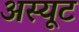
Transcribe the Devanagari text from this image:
अस्यूट